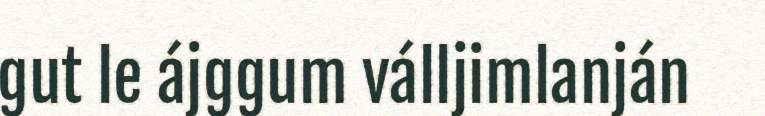
gut le ájggum válljimlanján